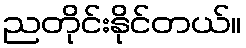
ညတိုင်းနိုင်တယ်။